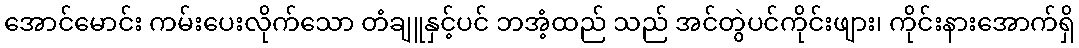
အောင်မောင်း ကမ်းပေးလိုက်သော တံချူနှင့်ပင် ဘအံ့ထည် သည် အင်တွဲပင်ကိုင်းဖျား၊ ကိုင်းနားအောက်ရှိ